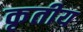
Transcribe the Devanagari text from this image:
कृतीय